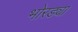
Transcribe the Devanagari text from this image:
भोरड्या